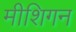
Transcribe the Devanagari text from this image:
मीशिगन